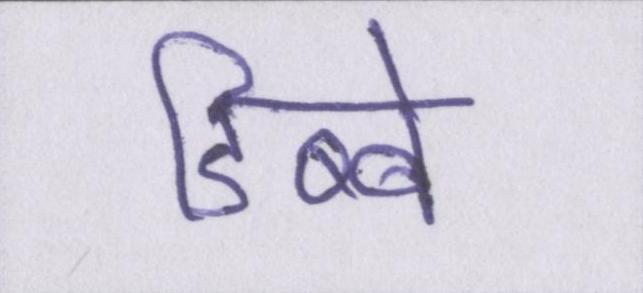
डिब्बे